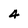
Character: 4